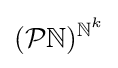
({\mathcal {P}}{\mathbb {N} })^{{\mathbb {N} }^{k}}